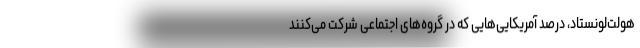
هولت‌لونستاد، درصد آمریکایی‌هایی که در گروه‌های اجتماعی شرکت می‌کنند